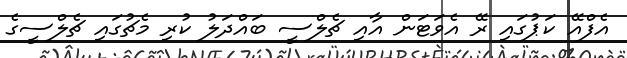
އެފްއޭ ކަޕުގައި ރޭ އެވަޓަން އާއި ޗެލްސީ ބައްދަލު ކުރި މެޗުގައި ޗެލްސީގެ